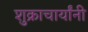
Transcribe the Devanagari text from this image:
शुक्राचार्यांनी